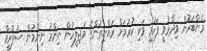
މެންބަރުން ވިދާޅުވީ ފަހުމީ ވަކި ކުރުމަށް ރައްޔިތުންގެ މަޖިލީހުން ނިންމު ނިންމުން ސުޕްރީމް